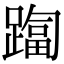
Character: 𨄑